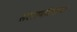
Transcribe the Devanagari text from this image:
सलामीलाच